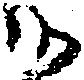
候